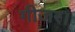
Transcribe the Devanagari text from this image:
गीजर।